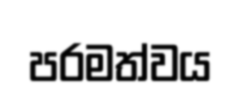
පරමත්වය